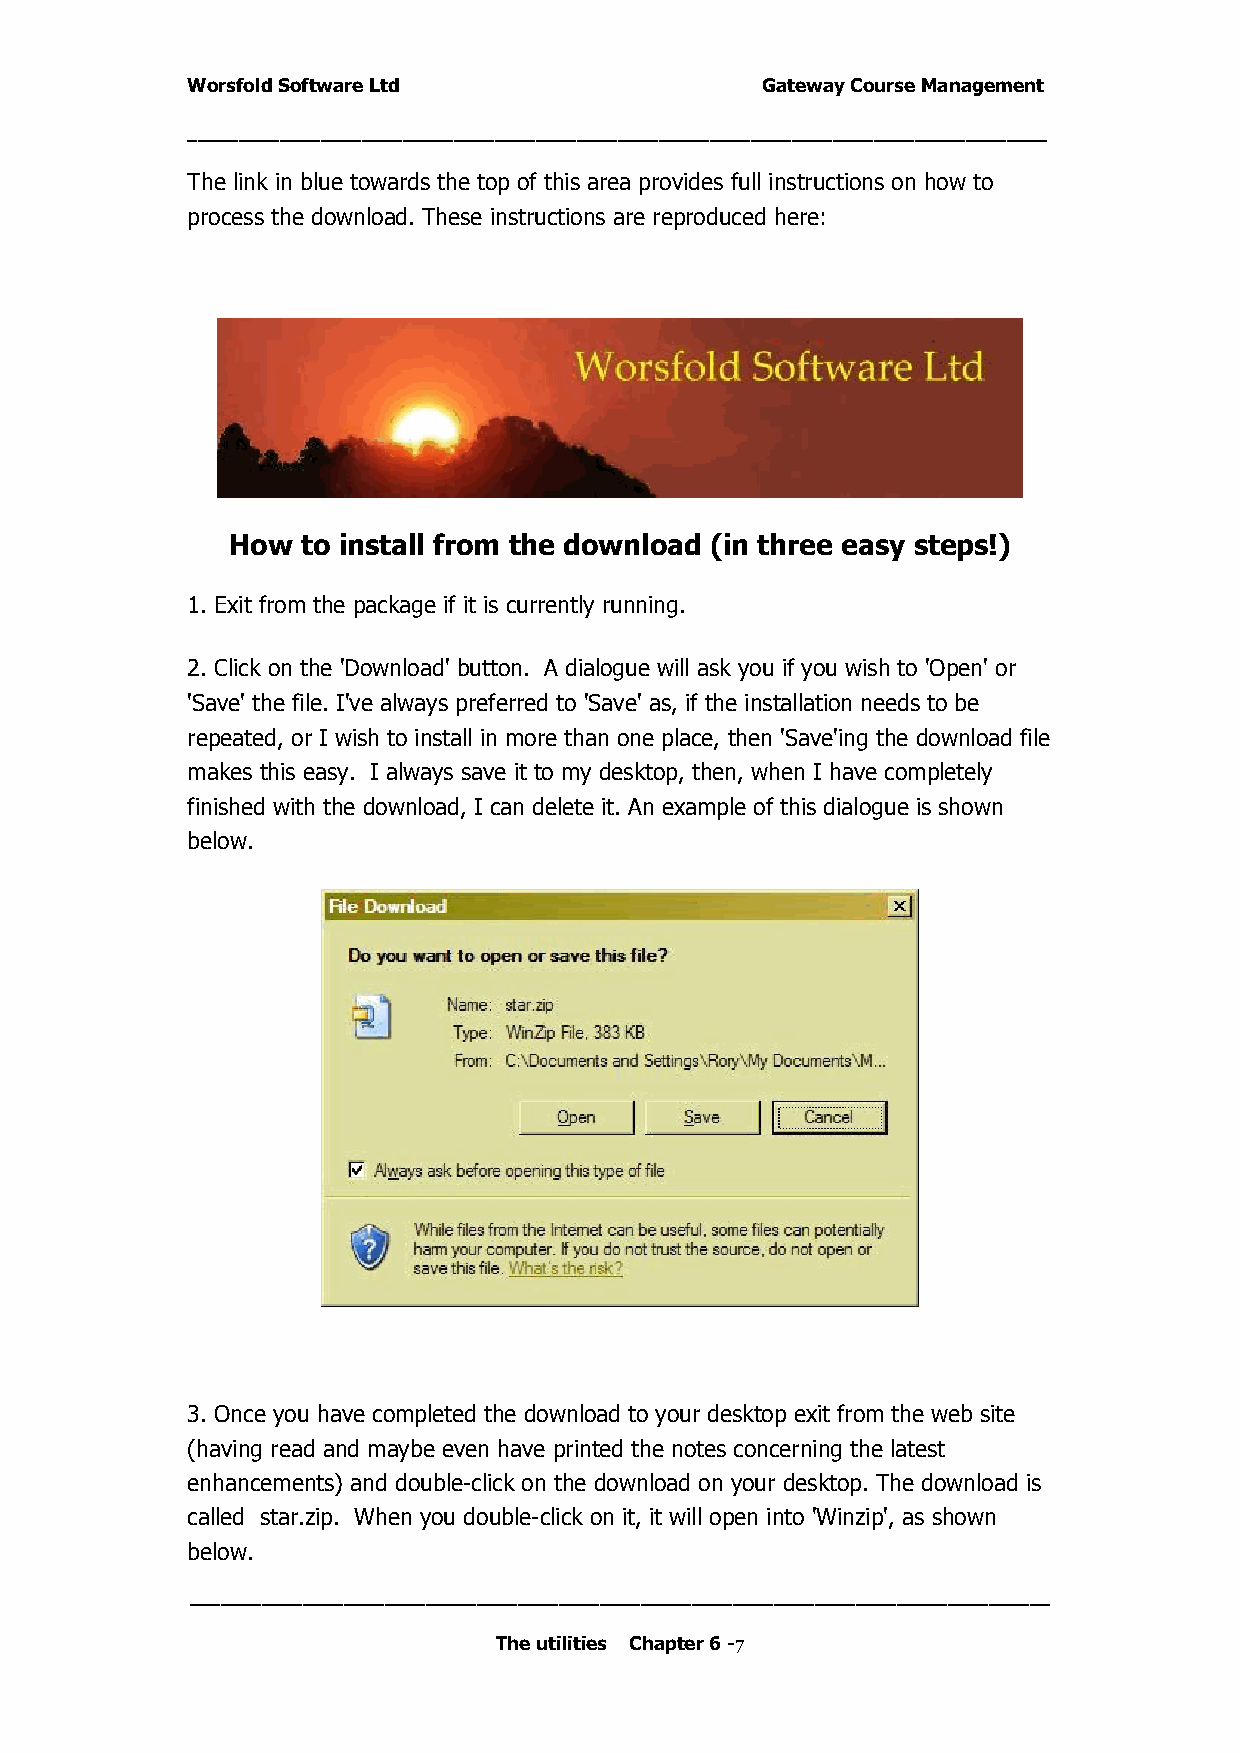
Worsfold Software Ltd                 Gateway Course Management
 ____________________________________________________________________________________
 The link in blue towards the top of this area provides full instructions on how to
 process the download. These instructions are reproduced here:
 How  to install from the download (in three easy steps!)
 1. Exit from the package if it is currently running.
 2. Click on the ’Download’ button. A dialogue will ask you if you wish to ’Open’ or
 ’Save’ the file. I’ve always preferred to ’Save’ as, if the installation needs to be
 repeated, or I wish to install in more than one place, then ’Save’ing the download file
 makes this easy. I always save it to my desktop, then, when I have completely
 finished with the download, I can delete it. An example of this dialogue is shown
 below.
 3. Once you have completed the download to your desktop exit from the web site
 (having read and maybe even have printed the notes concerning the latest
 enhancements) and double-click on the download on your desktop. The download is
 called star.zip. When you double-click on it, it will open into ’Winzip’, as shown
 below.
 __________________________________________ __________________________________________
 The utilities Chapter 6 -7